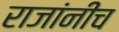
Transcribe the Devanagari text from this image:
राजांनीच